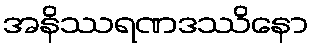
အနိဿရဏဒဿိနော